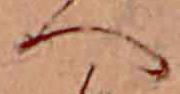
へ